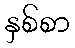
နှစ်စာ